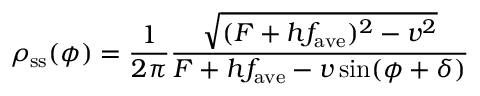
\rho _ { \mathrm { s s } } ( \phi ) = \frac { 1 } { 2 \pi } \frac { \sqrt { ( F + h f _ { \mathrm { a v e } } ) ^ { 2 } - v ^ { 2 } } } { F + h f _ { \mathrm { a v e } } - v \sin ( \phi + \delta ) }